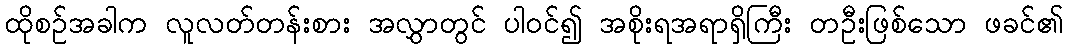
ထိုစဉ်အခါက လူလတ်တန်းစား အလွှာတွင် ပါဝင်၍ အစိုးရအရာရှိကြီး တဦးဖြစ်သော ဖခင်၏